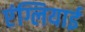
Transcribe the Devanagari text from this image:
एंग्लियाई